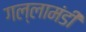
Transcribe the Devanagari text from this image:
गल्लामंडी